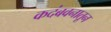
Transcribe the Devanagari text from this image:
कदंबवनातून